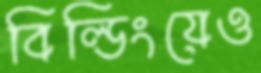
বিল্ডিংয়েও